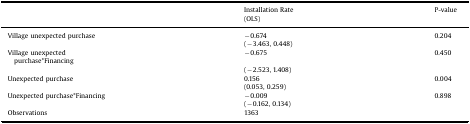
<table><thead><tr><td></td><td><b>Installation Rate (OLS)</b></td><td><b>P-value</b></td></tr></thead><tbody><tr><td>Village unexpected purchase</td><td>−0.674</td><td>0.204</td></tr><tr><td></td><td>(−3.463, 0.448)</td><td></td></tr><tr><td>Village unexpected purchase*Financing</td><td>−0.675</td><td>0.450</td></tr><tr><td></td><td>(−2.523, 1.408)</td><td></td></tr><tr><td>Unexpected purchase</td><td>0.156</td><td>0.004</td></tr><tr><td></td><td>(0.053, 0.259)</td><td></td></tr><tr><td>Unexpected purchase*Financing</td><td>−0.009</td><td>0.898</td></tr><tr><td></td><td>(−0.162, 0.134)</td><td></td></tr><tr><td>Observations</td><td>1363</td><td></td></tr></tbody></table>